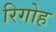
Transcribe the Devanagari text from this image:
रिगोह